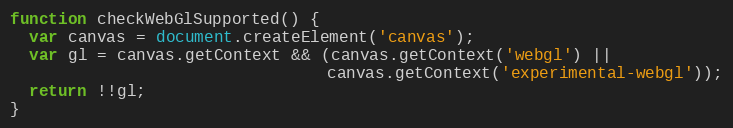
Language: JavaScript
function checkWebGlSupported() {
  var canvas = document.createElement('canvas');
  var gl = canvas.getContext && (canvas.getContext('webgl') ||
                                 canvas.getContext('experimental-webgl'));
  return !!gl;
}